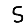
Digit: 5